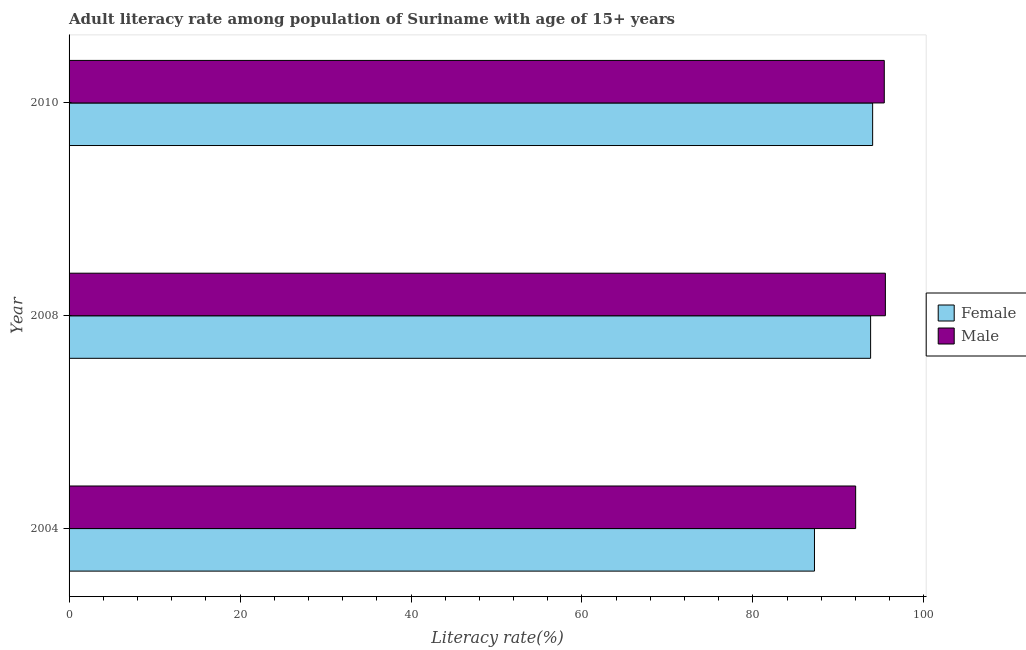
| Year | Female | Male |
 | --- | --- | --- |
 | 2004 | 87.2 | 92 |
 | 2008 | 93.8 | 95.5 |
 | 2010 | 94 | 95.4 |